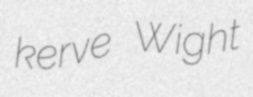
kerve Wight